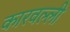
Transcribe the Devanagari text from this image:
कारवल्ली